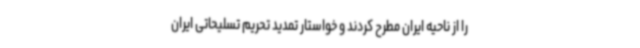
را از ناحیه ایران مطرح کردند و خواستار تمدید تحریم تسلیحاتی ایران